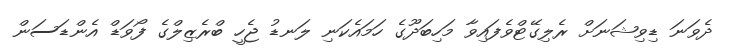
ދެވަނަ ޑިވިޝަނަށް ރެލިގޭޓްވެފައިވާ މަހިބަދޫގެ ހަމައެކަނި ލަނޑު ޖެހީ ބްރެޒިލްގެ ފޯވަޑް އެންޑަސަން